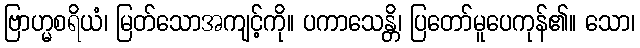
ဗြာဟ္မစရိယံ၊ မြတ်သောအကျင့်ကို။ ပကာသေန္တိ၊ ပြတော်မူပေကုန်၏။ သော၊